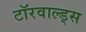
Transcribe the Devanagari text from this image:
टॉरवाल्ड्स